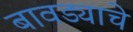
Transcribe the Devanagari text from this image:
बावड्याचे